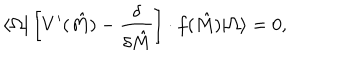
\langle \Omega | \left[ V ^ { \prime } ( \hat { M } ) - { \frac { \delta } { \delta \hat { M } } } \right] \cdot f ( \hat { M } ) | \Omega \rangle = 0 ,